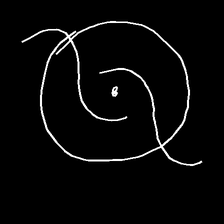
Glyph: repetition